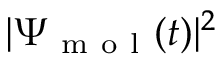
| \Psi _ { \mathrm { ~ m ~ o ~ l ~ } } ( t ) | ^ { 2 }